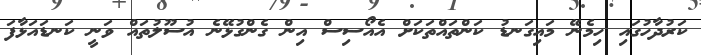
ކަރުދާހުގައި ހިމެނޭ މައިގަނޑު ކަންތައްތަކަށް އެއޯސިސް އިން ގެންގުޅޭނެ އުސޫލުތައް ވަނީ ކަނޑައަޅާފަ